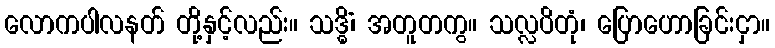
လောကပါလနတ် တို့နှင့်လည်း။ သဒ္ဓိံ၊ အတူတကွ။ သလ္လပိတုံ၊ ပြောဟောခြင်းငှာ။